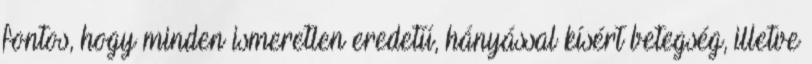
fontos, hogy minden ismeretlen eredetű, hányással kísért betegség, illetve